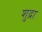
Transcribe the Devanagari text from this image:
शुद्रा